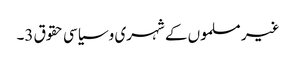
غیر مسلموں کے شہری و سیاسی حقوق 3۔